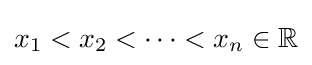
x_{1}<x_{2}<\cdots <x_{n}\in \mathbb {R}